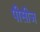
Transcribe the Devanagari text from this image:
पीसीज